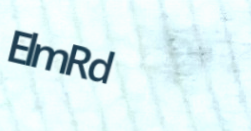
ElmRd